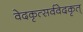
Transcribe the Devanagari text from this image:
वेदकृत्सर्ववेदकृत्